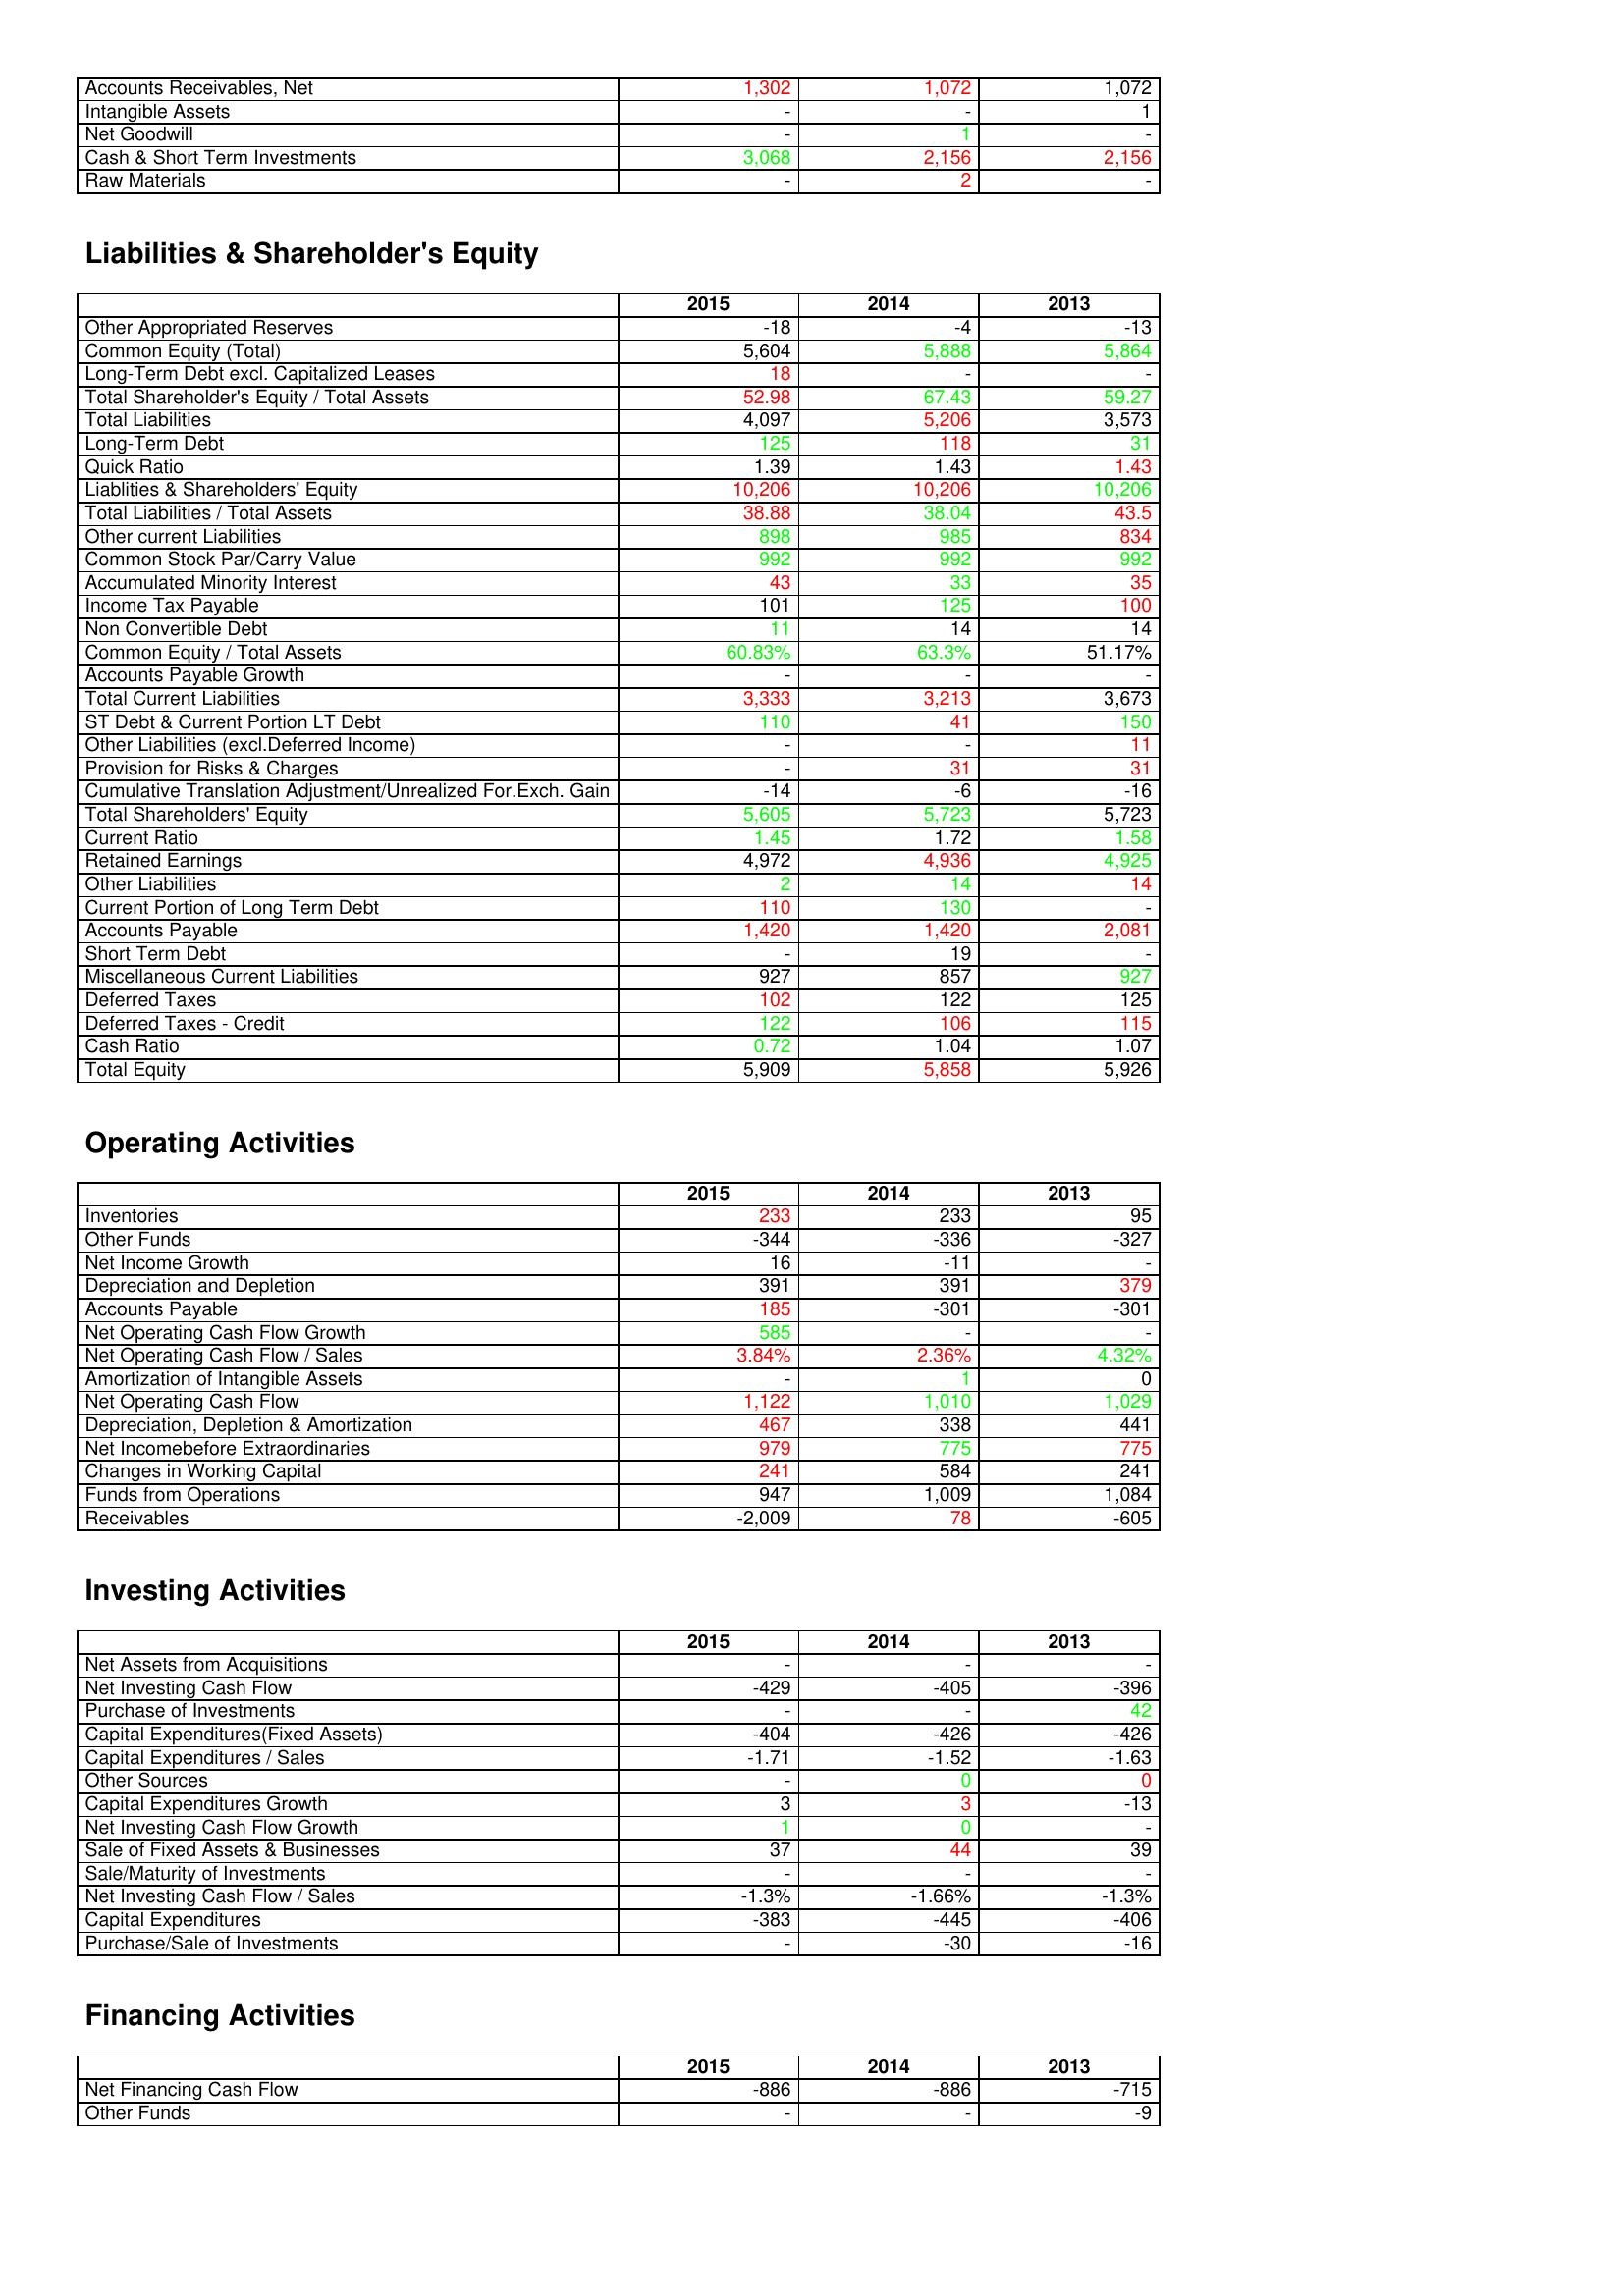
gt_parse: 2015: Assets: Accounts Receivables, Net: 1,302
Intangible Assets: -
Net Goodwill: -
Cash & Short Term Investments: 3,068
Raw Materials: -
Liabilities & Shareholder's Equity: Other Appropriated Reserves: -18
Common Equity (Total): 5,604
Long-Term Debt excl. Capitalized Leases: 18
Total Shareholder's Equity / Total Assets: 52.98
Total Liabilities: 4,097
Long-Term Debt: 125
Quick Ratio: 1.39
Liablities & Shareholders' Equity: 10,206
Total Liabilities / Total Assets: 38.88
Other current Liabilities: 898
Common Stock Par/Carry Value: 992
Accumulated Minority Interest: 43
Income Tax Payable: 101
Non Convertible Debt: 11
Common Equity / Total Assets: 60.83%
Accounts Payable Growth: -
Total Current Liabilities: 3,333
ST Debt & Current Portion LT Debt: 110
Other Liabilities (excl.Deferred Income): -
Provision for Risks & Charges: -
Cumulative Translation Adjustment/Unrealized For.Exch. Gain: -14
Total Shareholders' Equity: 5,605
Current Ratio: 1.45
Retained Earnings: 4,972
Other Liabilities: 2
Current Portion of Long Term Debt: 110
Accounts Payable: 1,420
Short Term Debt: -
Miscellaneous Current Liabilities: 927
Deferred Taxes: 102
Deferred Taxes - Credit: 122
Cash Ratio: 0.72
Total Equity: 5,909
Operating Activities: Inventories: 233
Other Funds: -344
Net Income Growth: 16
Depreciation and Depletion: 391
Accounts Payable: 185
Net Operating Cash Flow Growth: 585
Net Operating Cash Flow / Sales: 3.84%
Amortization of Intangible Assets: -
Net Operating Cash Flow: 1,122
Depreciation, Depletion & Amortization: 467
Net Incomebefore Extraordinaries: 979
Changes in Working Capital: 241
Funds from Operations: 947
Receivables: -2,009
Investing Activities: Net Assets from Acquisitions: -
Net Investing Cash Flow: -429
Purchase of Investments: -
Capital Expenditures(Fixed Assets): -404
Capital Expenditures / Sales: -1.71
Other Sources: -
Capital Expenditures Growth: 3
Net Investing Cash Flow Growth: 1
Sale of Fixed Assets & Businesses: 37
Sale/Maturity of Investments: -
Net Investing Cash Flow / Sales: -1.3%
Capital Expenditures: -383
Purchase/Sale of Investments: -
Financing Activities: Net Financing Cash Flow: -886
Other Funds: -
2014: Assets: Accounts Receivables, Net: 1,072
Intangible Assets: -
Net Goodwill: 1
Cash & Short Term Investments: 2,156
Raw Materials: 2
Liabilities & Shareholder's Equity: Other Appropriated Reserves: -4
Common Equity (Total): 5,888
Long-Term Debt excl. Capitalized Leases: -
Total Shareholder's Equity / Total Assets: 67.43
Total Liabilities: 5,206
Long-Term Debt: 118
Quick Ratio: 1.43
Liablities & Shareholders' Equity: 10,206
Total Liabilities / Total Assets: 38.04
Other current Liabilities: 985
Common Stock Par/Carry Value: 992
Accumulated Minority Interest: 33
Income Tax Payable: 125
Non Convertible Debt: 14
Common Equity / Total Assets: 63.3%
Accounts Payable Growth: -
Total Current Liabilities: 3,213
ST Debt & Current Portion LT Debt: 41
Other Liabilities (excl.Deferred Income): -
Provision for Risks & Charges: 31
Cumulative Translation Adjustment/Unrealized For.Exch. Gain: -6
Total Shareholders' Equity: 5,723
Current Ratio: 1.72
Retained Earnings: 4,936
Other Liabilities: 14
Current Portion of Long Term Debt: 130
Accounts Payable: 1,420
Short Term Debt: 19
Miscellaneous Current Liabilities: 857
Deferred Taxes: 122
Deferred Taxes - Credit: 106
Cash Ratio: 1.04
Total Equity: 5,858
Operating Activities: Inventories: 233
Other Funds: -336
Net Income Growth: -11
Depreciation and Depletion: 391
Accounts Payable: -301
Net Operating Cash Flow Growth: -
Net Operating Cash Flow / Sales: 2.36%
Amortization of Intangible Assets: 1
Net Operating Cash Flow: 1,010
Depreciation, Depletion & Amortization: 338
Net Incomebefore Extraordinaries: 775
Changes in Working Capital: 584
Funds from Operations: 1,009
Receivables: 78
Investing Activities: Net Assets from Acquisitions: -
Net Investing Cash Flow: -405
Purchase of Investments: -
Capital Expenditures(Fixed Assets): -426
Capital Expenditures / Sales: -1.52
Other Sources: 0
Capital Expenditures Growth: 3
Net Investing Cash Flow Growth: 0
Sale of Fixed Assets & Businesses: 44
Sale/Maturity of Investments: -
Net Investing Cash Flow / Sales: -1.66%
Capital Expenditures: -445
Purchase/Sale of Investments: -30
Financing Activities: Net Financing Cash Flow: -886
Other Funds: -
2013: Assets: Accounts Receivables, Net: 1,072
Intangible Assets: 1
Net Goodwill: -
Cash & Short Term Investments: 2,156
Raw Materials: -
Liabilities & Shareholder's Equity: Other Appropriated Reserves: -13
Common Equity (Total): 5,864
Long-Term Debt excl. Capitalized Leases: -
Total Shareholder's Equity / Total Assets: 59.27
Total Liabilities: 3,573
Long-Term Debt: 31
Quick Ratio: 1.43
Liablities & Shareholders' Equity: 10,206
Total Liabilities / Total Assets: 43.5
Other current Liabilities: 834
Common Stock Par/Carry Value: 992
Accumulated Minority Interest: 35
Income Tax Payable: 100
Non Convertible Debt: 14
Common Equity / Total Assets: 51.17%
Accounts Payable Growth: -
Total Current Liabilities: 3,673
ST Debt & Current Portion LT Debt: 150
Other Liabilities (excl.Deferred Income): 11
Provision for Risks & Charges: 31
Cumulative Translation Adjustment/Unrealized For.Exch. Gain: -16
Total Shareholders' Equity: 5,723
Current Ratio: 1.58
Retained Earnings: 4,925
Other Liabilities: 14
Current Portion of Long Term Debt: -
Accounts Payable: 2,081
Short Term Debt: -
Miscellaneous Current Liabilities: 927
Deferred Taxes: 125
Deferred Taxes - Credit: 115
Cash Ratio: 1.07
Total Equity: 5,926
Operating Activities: Inventories: 95
Other Funds: -327
Net Income Growth: -
Depreciation and Depletion: 379
Accounts Payable: -301
Net Operating Cash Flow Growth: -
Net Operating Cash Flow / Sales: 4.32%
Amortization of Intangible Assets: 0
Net Operating Cash Flow: 1,029
Depreciation, Depletion & Amortization: 441
Net Incomebefore Extraordinaries: 775
Changes in Working Capital: 241
Funds from Operations: 1,084
Receivables: -605
Investing Activities: Net Assets from Acquisitions: -
Net Investing Cash Flow: -396
Purchase of Investments: 42
Capital Expenditures(Fixed Assets): -426
Capital Expenditures / Sales: -1.63
Other Sources: 0
Capital Expenditures Growth: -13
Net Investing Cash Flow Growth: -
Sale of Fixed Assets & Businesses: 39
Sale/Maturity of Investments: -
Net Investing Cash Flow / Sales: -1.3%
Capital Expenditures: -406
Purchase/Sale of Investments: -16
Financing Activities: Net Financing Cash Flow: -715
Other Funds: -9